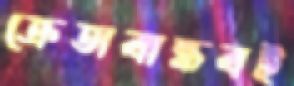
ক্রেতাবান্ধবই